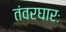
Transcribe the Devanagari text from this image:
तंवरघारः